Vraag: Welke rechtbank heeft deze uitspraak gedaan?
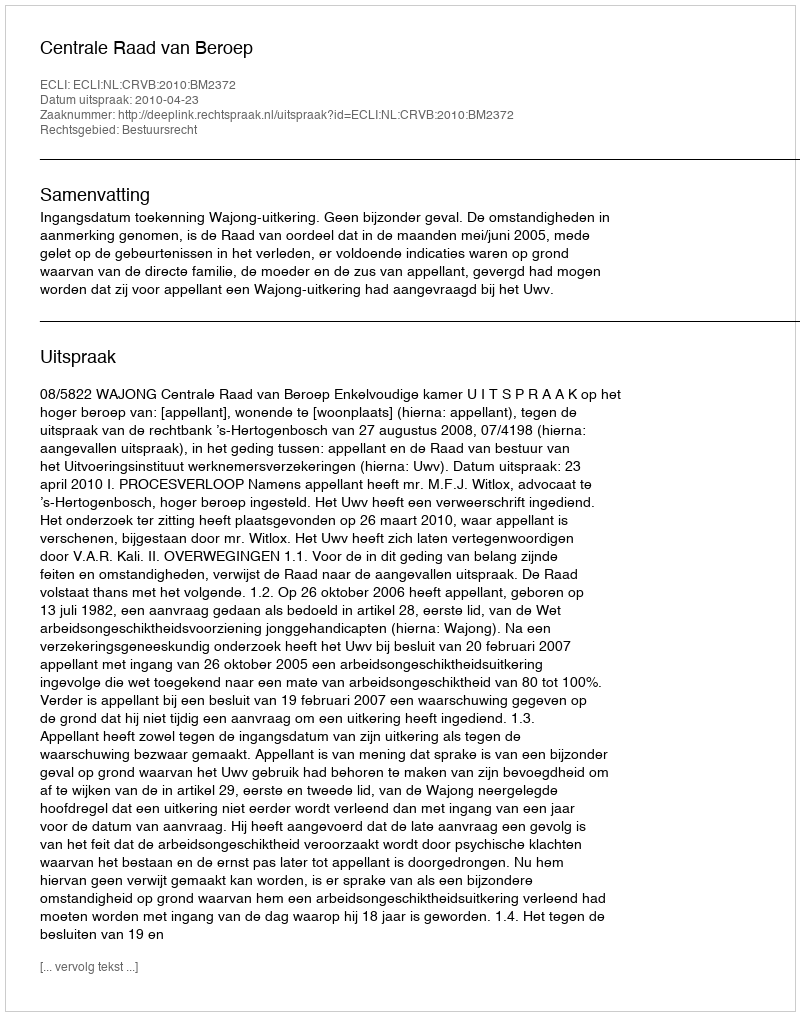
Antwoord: Centrale Raad van Beroep